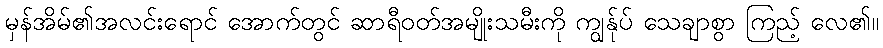
မှန်အိမ်၏အလင်းရောင် အောက်တွင် ဆာရီဝတ်အမျိုးသမီးကို ကျွန်ုပ် သေချာစွာ ကြည့် လေ၏။